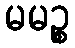
မမဉ္စ